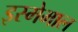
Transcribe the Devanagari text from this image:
इस्मेमाल